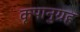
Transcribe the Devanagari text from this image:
कृपानुग्रह